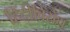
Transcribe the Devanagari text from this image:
हिंदीविरोध